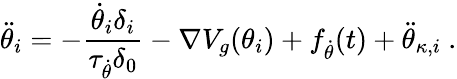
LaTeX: \ddot{\theta}_{i}=-\frac{\dot{\theta}_{i}\delta_{i}}{\tau_{\dot{\theta}}\delta_{0}}-\nabla V_{g}(\theta_{i})+f_{\dot{\theta}}(t)+\ddot{\theta}_{\kappa,i}\ .